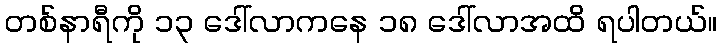
တစ်နာရီကို ၁၃ ဒေါ်လာကနေ ၁၈ ဒေါ်လာအထိ ရပါတယ်။